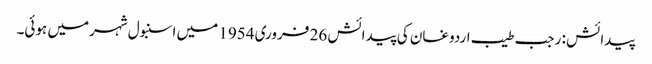
پیدائش : رجب طیب اردوغان کی پیدائش 26 فروری 1954 میں اسنبول شہرمیں ہوئی۔